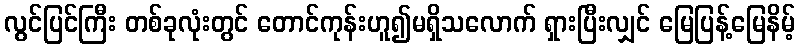
လွင်ပြင်ကြီး တစ်ခုလုံးတွင် တောင်ကုန်းဟူ၍မရှိသလောက် ရှားပြီးလျှင် မြေပြန့်မြေနိမ့်